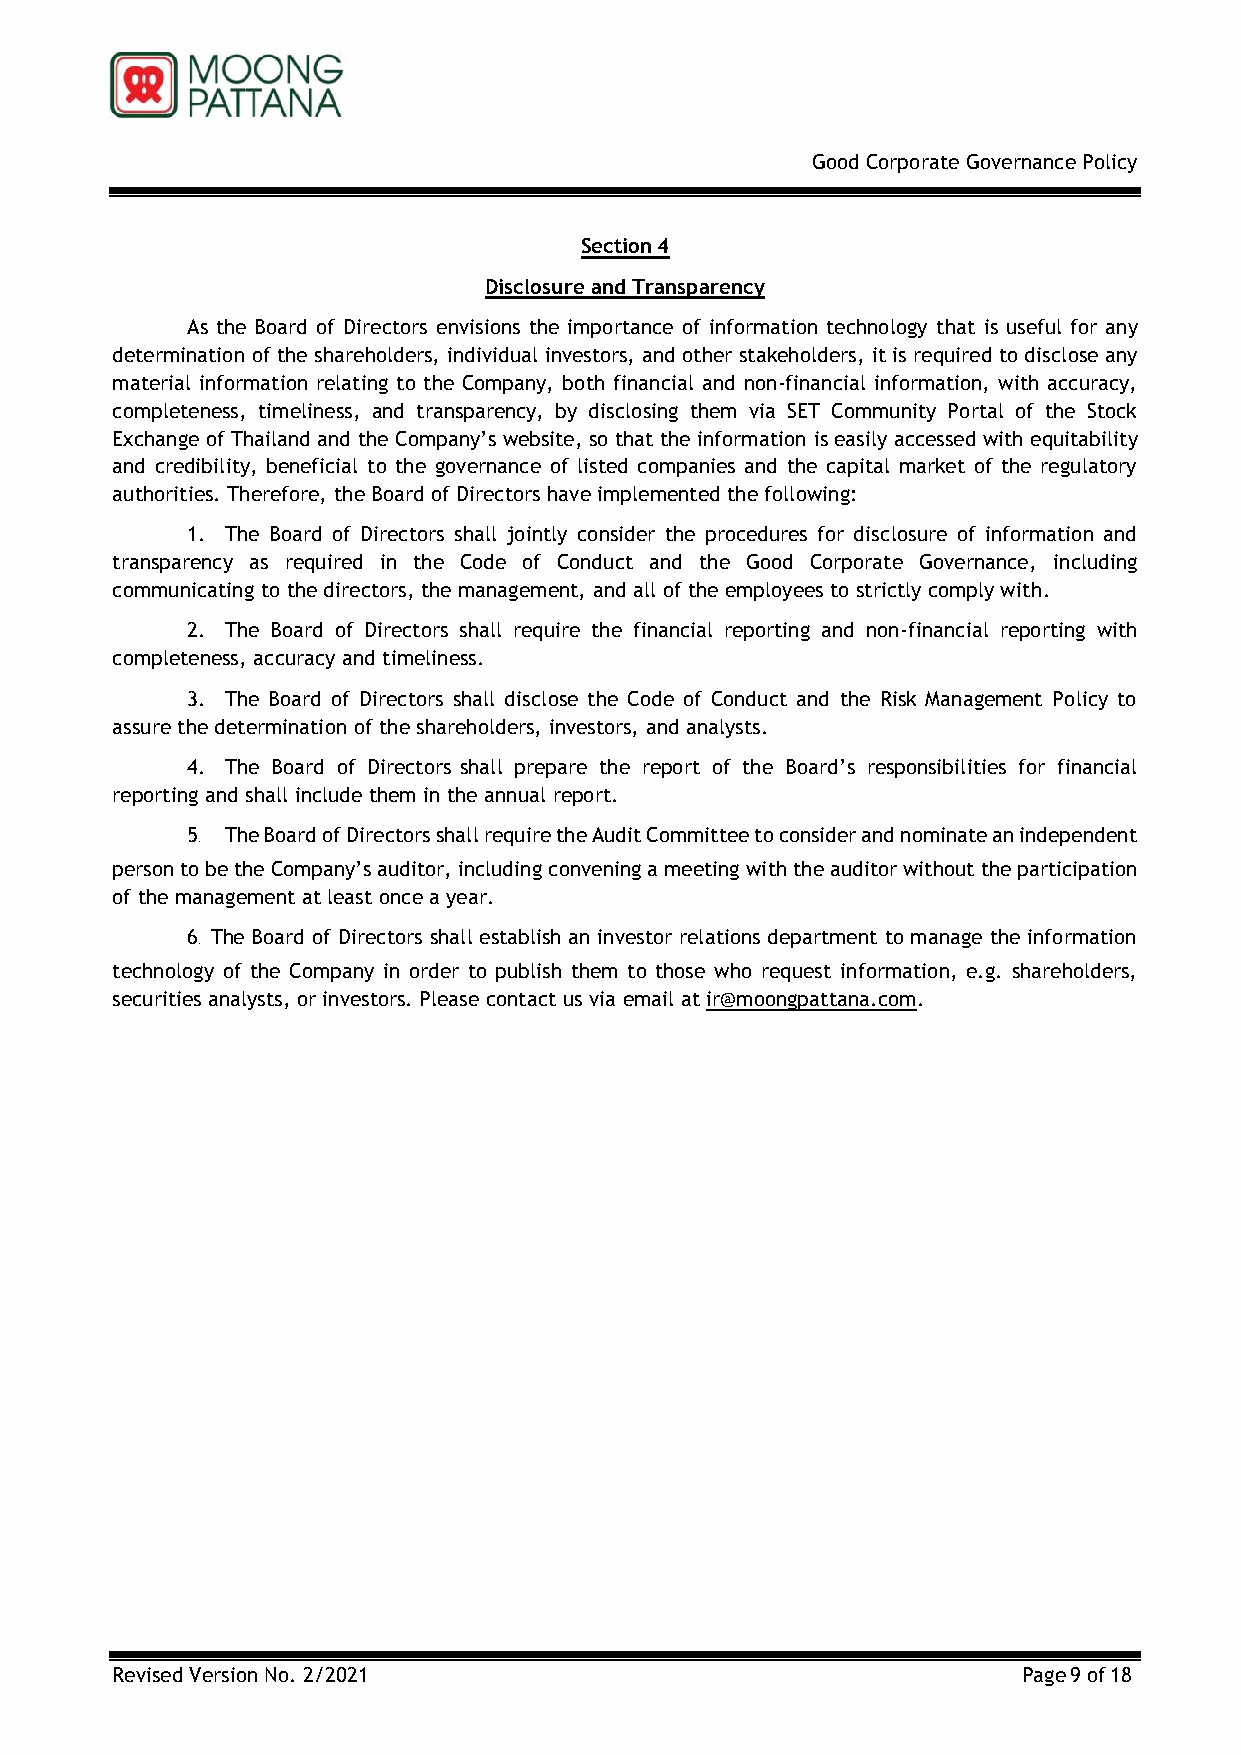
Good Corporate Governance Policy
 Section 4
 Disclosure and Transparency
 As the Board of Directors envisions the importance of information technology that is useful for any
 determination of the shareholders, individual investors, and other stakeholders, it is required to disclose any
 material information relating to the Company, both financial and non-financial information, with accuracy,
 completeness, timeliness, and transparency, by disclosing them via SET Community Portal of the Stock
 Exchange of Thailand and the Company’s website, so that the information is easily accessed with equitability
 and credibility, beneficial to the governance of listed companies and the capital market of the regulatory
 authorities. Therefore, the Board of Directors have implemented the following:
 1. The Board of Directors shall jointly consider the procedures for disclosure of information and
 transparency as required in the Code of Conduct and the Good Corporate Governance, including
 communicating to the directors, the management, and all of the employees to strictly comply with.
 2. The Board of Directors shall require the financial reporting and non-financial reporting with
 completeness, accuracy and timeliness.
 3. The Board of Directors shall disclose the Code of Conduct and the Risk Management Policy to
 assure the determination of the shareholders, investors, and analysts.
 4. The Board of Directors shall prepare the report of the Board’s responsibilities for financial
 reporting and shall include them in the annual report.
 5. The Board of Directors shall require the Audit Committee to consider and nominate an independent
 person to be the Company’s auditor, including convening a meeting with the auditor without the participation
 of the management at least once a year.
 6. The Board of Directors shall establish an investor relations department to manage the information
 technology of the Company in order to publish them to those who request information, e.g. shareholders,
 securities analysts, or investors. Please contact us via email at ir@moongpattana.com.
 Revised Version No. 2/2021                                   Page 9 of 18